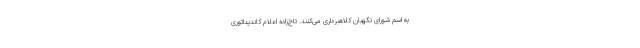
به اسم شورای نگهبان کلاهبرداری می‌کنند. تاج‌زاده اعلام کاندیداتوری